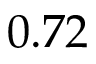
0 . 7 2